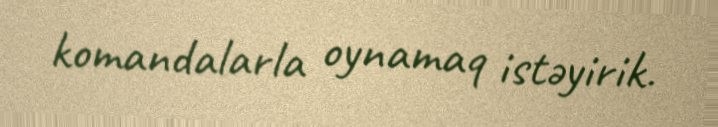
komandalarla oynamaq istəyirik.